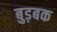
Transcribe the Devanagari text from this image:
बुड़बक